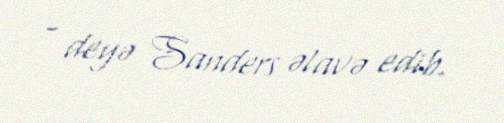
- deyə Sanders əlavə edib.